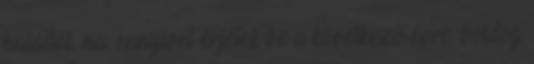
haláltól. na, ennyivel érjétek be a következő évre. boldog